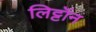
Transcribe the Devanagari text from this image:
लिट्टॉन